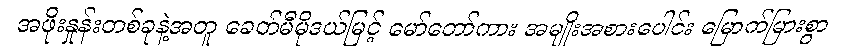
အဖိုးနှုန်းတစ်ခုနဲ့အတူ ခေတ်မီမိုဒယ်မြင့် မော်တော်ကား အမျိုးအစားပေါင်း မြောက်မြားစွာ